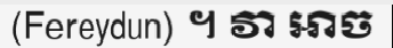
(Fereydun) ។ វា អាច